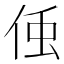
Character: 𬾓